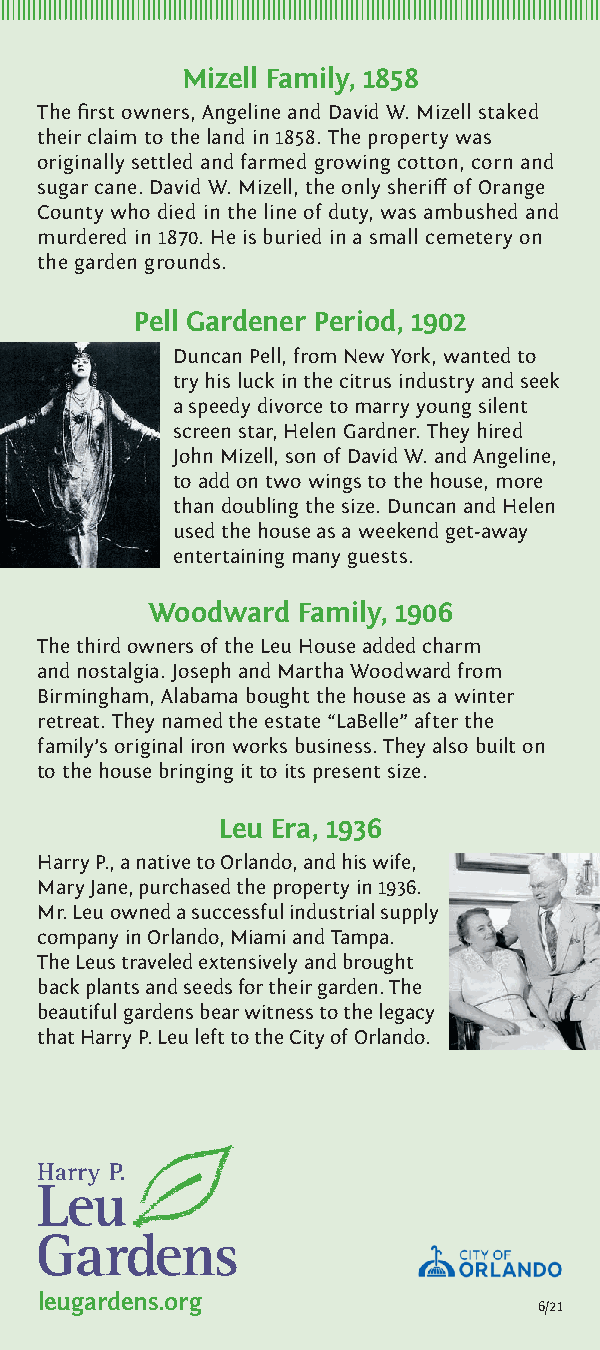
Mizell Family, 1858
 The first owners, Angeline and David W. Mizell staked
 their claim to the land in 1858. The property was
 originally settled and farmed growing cotton, corn and
 sugar cane. David W. Mizell, the only sheriff of Orange
 County who died in the line of duty, was ambushed and
 murdered in 1870. He is buried in a small cemetery on
 the garden grounds.
 Pell Gardener Period, 1902
 Duncan Pell, from New York, wanted to
 try his luck in the citrus industry and seek
 a speedy divorce to marry young silent
 screen star, Helen Gardner. They hired
 John Mizell, son of David W. and Angeline,
 to add on two wings to the house, more
 than doubling the size. Duncan and Helen
 used the house as a weekend get-away
 entertaining many guests.
 Woodward  Family, 1906
 The third owners of the Leu House added charm
 and nostalgia. Joseph and Martha Woodward from
 Birmingham, Alabama bought the house as a winter
 retreat. They named the estate “LaBelle” after the
 family’s original iron works business. They also built on
 to the house bringing it to its present size.
 Leu Era, 1936
 Harry P., a native to Orlando, and his wife,
 Mary Jane, purchased the property in 1936.
 Mr. Leu owned a successful industrial supply
 company in Orlando, Miami and Tampa.
 The Leus traveled extensively and brought
 back plants and seeds for their garden. The
 beautiful gardens bear witness to the legacy
 that Harry P. Leu left to the City of Orlando.
 leugardens.org
 6/21